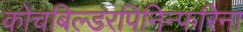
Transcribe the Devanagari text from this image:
कोचबिल्डरपिनिन्फरिना